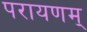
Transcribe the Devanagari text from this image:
परायणम्